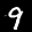
Label: 9